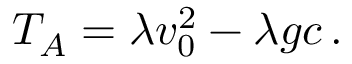
\begin{array} { r } { T _ { A } = \lambda v _ { 0 } ^ { 2 } - \lambda g c \, . } \end{array}